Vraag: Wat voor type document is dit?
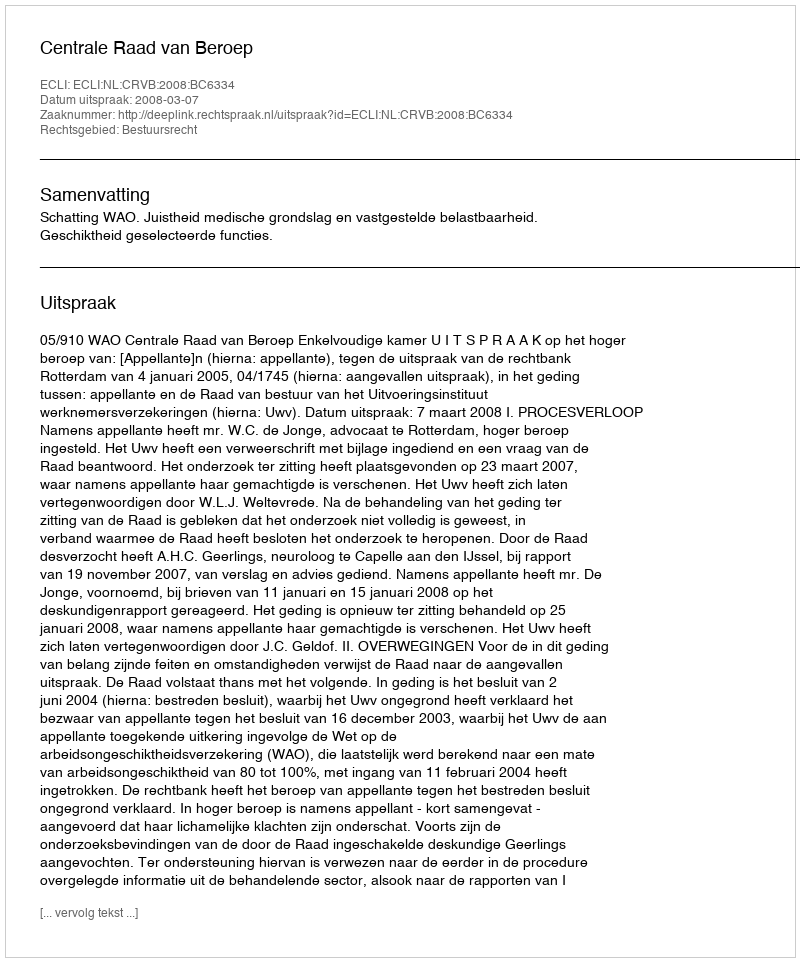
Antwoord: Uitspraak